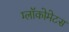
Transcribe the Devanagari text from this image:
ग्लॉकोमेटस